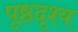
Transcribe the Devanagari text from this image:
पृष्ठदृश्य